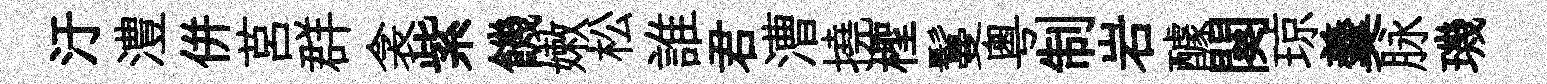
汙澧併莒群衾紫饑嫩松誰君漕撓檉鬘粵制岩醵闋琼羹脉璣